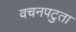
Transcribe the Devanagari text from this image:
वचनपटुता